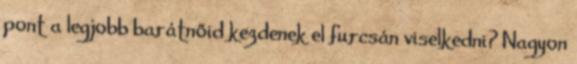
pont a legjobb barátnőid kezdenek el furcsán viselkedni? Nagyon